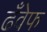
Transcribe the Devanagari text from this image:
ढँवेफ